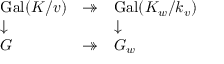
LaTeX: \begin{array} { l l l } { \operatorname { G a l } ( K / v ) } & { \twoheadrightarrow } & { \operatorname { G a l } ( K _ { w } / k _ { v } ) } \\ { \downarrow } & { } & { \downarrow } \\ { G } & { \twoheadrightarrow } & { G _ { w } } \end{array}